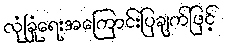
လုံခြုံရေးအကြောင်းပြချက်ဖြင့်